Annual administration report of the Civil Veterinary Department of India - 1896-1897
Year: 1896
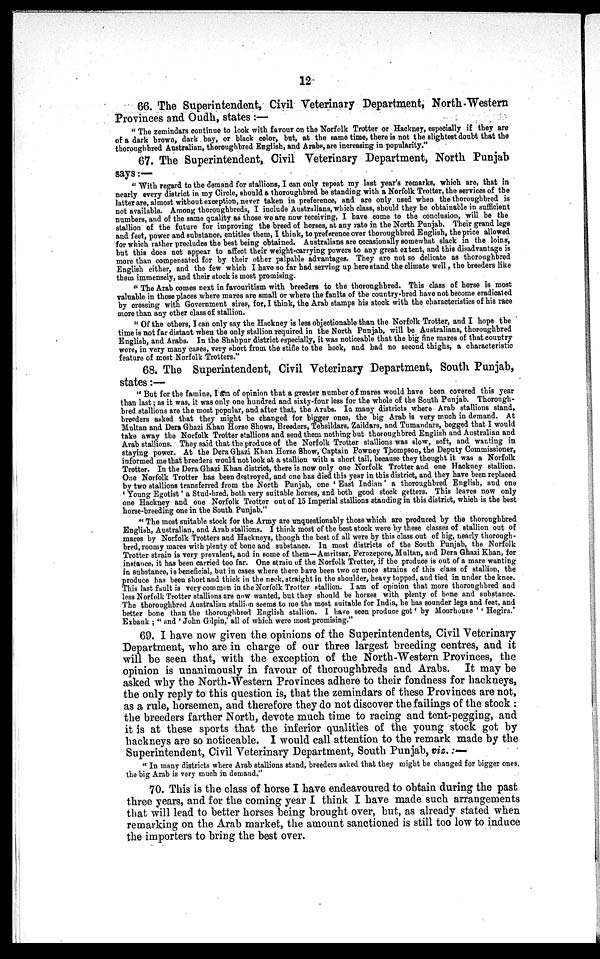
12
66. The Superintendent, Civil Veterinary Department, North-Western
Provinces and Oudh, states:—
"The zemindars continue to look with favour on the Norfolk Trotter or Hackney, especially if they are
of a dark brown, dark bay, or black color, but, at the same time, there is not the slightest doubt that the
thoroughbred Australian, thoroughbred English, and Arabs, are increasing in popularity."
67. The Superintendent, Civil Veterinary Department, North Punjab
says:—
"With regard to the demand for stallions, I can only repeat my last year's remarks, which are, that in
nearly every district in my Circle, should a thoroughbred be standing with a Norfolk Trotter, the services of the
latter are, almost without exception, never taken in preference, and are only used when the thoroughbred is
not available. Among thoroughbreds, I include Australians, which class, should they be obtainable in sufficient
numbers, and of the same quality as those we are now receiving, I have come to the conclusion, will be the
stallion of the future for improving the breed of horses, at any rate in the North Punjab. Their grand legs
and feet, power and substance, entitles them, I think, to preference over thoroughbred English, the price allowed
for which rather precludes the best being obtained. Australians are occasionally somewhat slack in the loins,
but this does not appear to affect their weight-carrying powers to any great extent, and this disadvantage is
more than compensated for by their other palpable advantages. They are not so delicate as thoroughbred
English either, and the few which I have so far had serving up here stand the climate well, the breeders like
them immensely, and their stock is most promising.
"The Arab comes next in favouritism with breeders to the thoroughbred. This class of horse is most
valuable in those places where mares are small or where the faults of the country-bred have not become eradicated
by crossing with Government sires, for, I think, the Arab stamps his stock with the characteristics of his race
more than any other class of stallion.
"Of the others, I can only say the Hackney is less objectionable than the Norfolk Trotter, and I hope the
time is not far distant when the only stallion required in the North Punjab, will be Australians, thoroughbred
English, and Arabs. In the Shahpur district especially, it was noticeable that the big fine mares of that country
were, in very many cases, very short from the stifle to the hock, and had no second thighs, a characteristic
feature of most Norfolk Trotters."
68. The Superintendent, Civil Veterinary Department, South Punjab,
states:—
"But for the famine, I am of opinion that a greater number of mares would have been covered this year
than last; as it was, it was only one hundred and sixty-four less for the whole of the South Punjab. Thorough-
bred stallions are the most popular, and after that, the Arabs. In many districts where Arab stallions stand,
breeders asked that they might be changed for bigger ones, the big Arab is very much in demand. At
Multan and Dera Ghazi Khan Horse Shows, Breeders, Tehsildars, Zaildars, and Tumandars, begged that I would
take away the Norfolk Trotter stallions and send them nothing but thoroughbred English and Australian and
Arab stallions. They said that the produce of the Norfolk Trotter stallions was slow, soft, and wanting in
staying power. At the Dera Ghazi Khan Horse Show, Captain Powney Thompson, the Deputy Commissioner,
informed me that breeders would not look at a stallion with a short tail, because they thought it was a Norfolk
Trotter. In the Dera Ghazi Khan district, there is now only one Norfolk Trotter and one Hackney stallion.
One Norfolk Trotter has been destroyed, and one has died this year in this district, and they have been replaced
by two stallions transferred from the North Punjab, one 'East Indian' a thoroughbred English, and one
'Young Egotist' a Stud-bred, both very suitable horses, and both good stock getters. This leaves now only
one Hackney and one Norfolk Trotter out of 15 Imperial stallions standing in this district, which is the best
horse-breeding one in the South Punjab."
"The most suitable stock for the Army are unquestionably those which are produced by the thoroughbred
English, Australian, and Arab stallions. I think most of the best stock were by these classes of stallion out of
mares by Norfolk Trotters and Hackneys, though the best of all were by this class out of big, nearly thorough-
bred, roomy mares with plenty of bone and substance. In most districts of the South Punjab, the Norfolk
Trotter strain is very prevalent, and in some of them—Amritsar, Ferozepore, Multan, and Dera Ghazi Khan, for
instance, it has been carried too far. One strain of the Norfolk Trotter, if the produce is out of a mare wanting
in substance, is beneficial, but in cases where there have been two or more strains of this class of stallion, the
produce has been short and thick in the neck, straight in the shoulder, heavy topped, and tied in under the knee.
This last fault is very common in the Norfolk Trotter stallion. I am of opinion that more thoroughbred and
less Norfolk Trotter stallions are now wanted, but they should be horses with plenty of bone and substance.
The thoroughbred Australian stallion seems to me the most suitable for India, he has sounder legs and feet, and
better bone than the thoroughbred English stallion. I have seen produce got 'by Moorhouse' 'Hegira.'
Exbank; "and 'John Gilpin,' all of which were most promising."
69. I have now given the opinions of the Superintendents, Civil Veterinary
Department, who are in charge of our three largest breeding centres, and it
will he seen that, with the exception of the North-Western Provinces, the
opinion is unanimously in favour of thoroughbreds and Arabs. It may be
asked why the North-Western Provinces adhere to their fondness for hackneys,
the only reply to this question is, that the zemindars of these Provinces are not,
as a rule, horsemen, and therefore they do not discover the failings of the stock:
the breeders farther North, devote much time to racing and tent-pegging, and
it is at these sports that the inferior qualities of the young stock got by
hackneys are so noticeable. I would call attention to the remark made by the
Superintendent, Civil Veterinary Department, South Punjab, viz.:—
"In many districts where Arab stallions stand, breeders asked that they might be changed for bigger ones,
the big Arab is very much in demand."
70. This is the class of horse I have endeavoured to obtain during the past
three years, and for the coming year I think I have made such arrangements
that will lead to better horses being brought over, but, as already stated when
remarking on the Arab market, the amount sanctioned is still too low to induce
the importers to bring the best over.